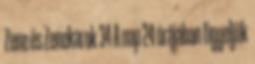
Zene és Zenekarok 34 A nap 24 órájában figyeljük